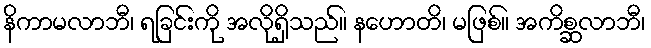
နိကာမလာဘီ၊ ရခြင်းကို အလိုရှိသည်။ နဟောတိ၊ မဖြစ်။ အကိစ္ဆလာဘီ၊